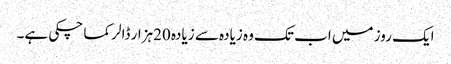
ایک روز میں اب تک وہ زیادہ سے زیادہ 20ہزار ڈالر کما چکی ہے۔